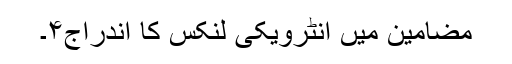
مضامین میں انٹرویکی لنکس کا اندراج۴۔